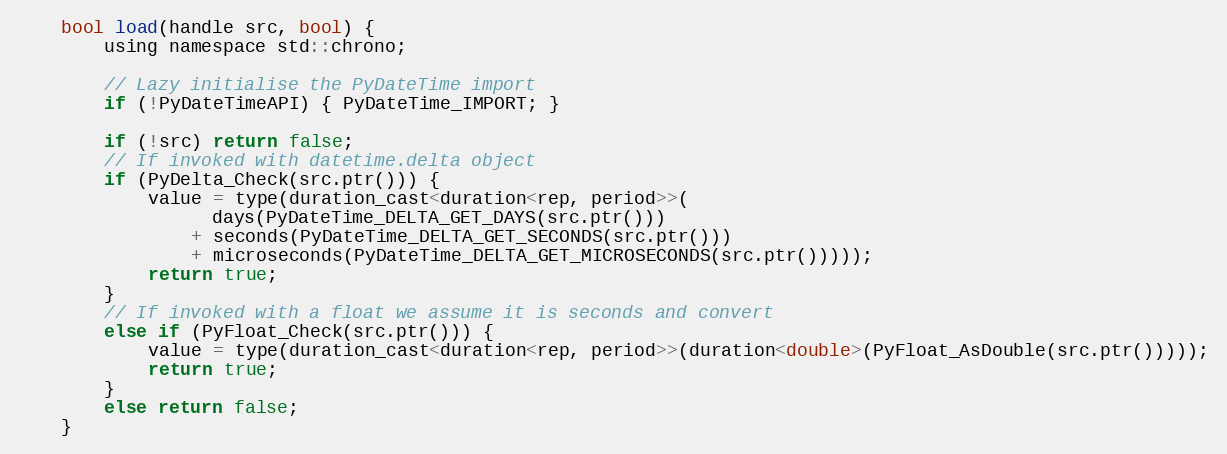
Language: C
    bool load(handle src, bool) {
        using namespace std::chrono;

        // Lazy initialise the PyDateTime import
        if (!PyDateTimeAPI) { PyDateTime_IMPORT; }

        if (!src) return false;
        // If invoked with datetime.delta object
        if (PyDelta_Check(src.ptr())) {
            value = type(duration_cast<duration<rep, period>>(
                  days(PyDateTime_DELTA_GET_DAYS(src.ptr()))
                + seconds(PyDateTime_DELTA_GET_SECONDS(src.ptr()))
                + microseconds(PyDateTime_DELTA_GET_MICROSECONDS(src.ptr()))));
            return true;
        }
        // If invoked with a float we assume it is seconds and convert
        else if (PyFloat_Check(src.ptr())) {
            value = type(duration_cast<duration<rep, period>>(duration<double>(PyFloat_AsDouble(src.ptr()))));
            return true;
        }
        else return false;
    }